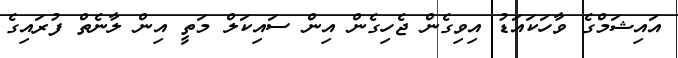
އައިޝަމްގެ ވާހަކައަޑު އިވިގެން ޖެހިގެން އިން ސައިކަލް މަތީ އިން ލާނެތް ފުރައިގެ